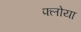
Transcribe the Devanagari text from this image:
फ्लोया